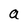
Character: a